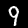
Digit: 9